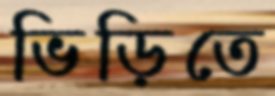
ভিড়িতে